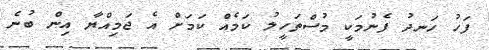
ފަހު ހަނދު ފެނުމަކީ މުސްތަހީލު ކަމެއް ކަމަށް އެ ޖަމިއްޔާ އިން ބުނެ